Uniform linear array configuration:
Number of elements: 24
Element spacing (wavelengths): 0.75
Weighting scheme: hamming
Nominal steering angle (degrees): -30
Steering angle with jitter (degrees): -28.769
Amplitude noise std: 0.05
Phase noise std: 0.05

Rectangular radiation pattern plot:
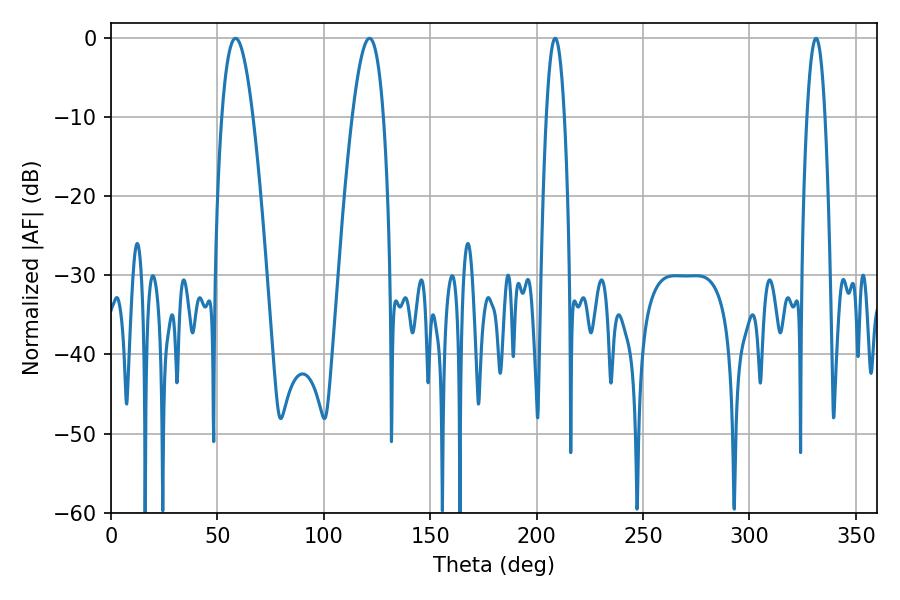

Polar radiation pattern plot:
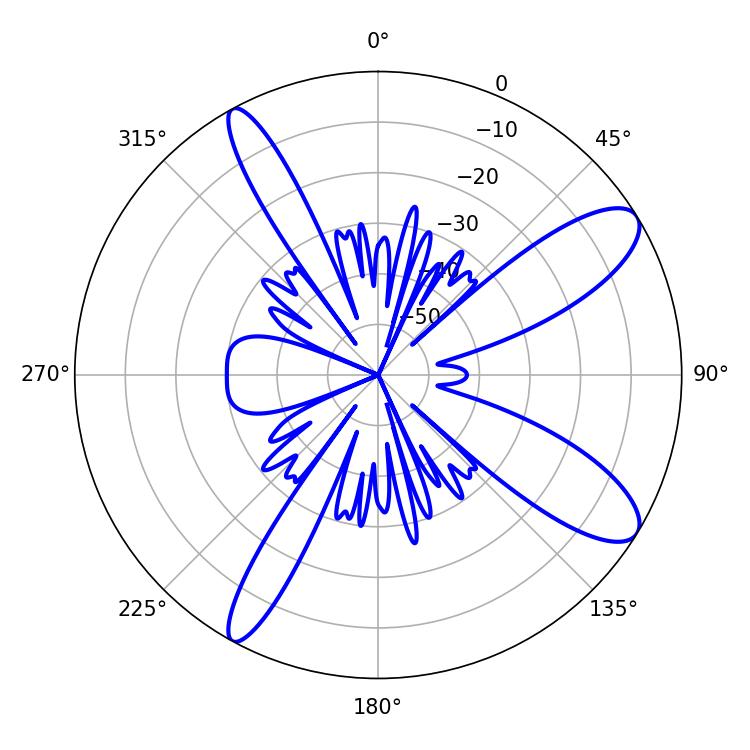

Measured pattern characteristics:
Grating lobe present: TRUE
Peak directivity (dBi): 10.631
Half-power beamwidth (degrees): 8.1
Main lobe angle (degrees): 58.5